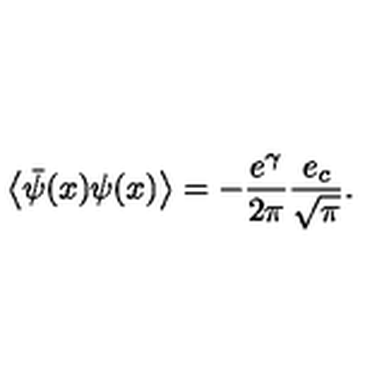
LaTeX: \left< \bar { \psi } ( x ) \psi ( x ) \right> = - \frac { e ^ { \gamma } } { 2 \pi } \frac { e _ { c } } { \sqrt { \pi } } .